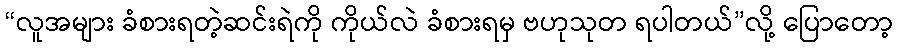
“လူအများ ခံစားရတဲ့ဆင်းရဲကို ကိုယ်လဲ ခံစားရမှ ဗဟုသုတ ရပါတယ်”လို့ ပြောတော့